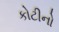
કોટીનો